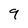
Character: 9